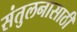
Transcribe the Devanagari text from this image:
संतुलनासाठी